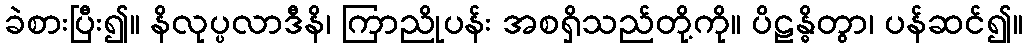
ခဲစားပြီး၍။ နိလုပ္ပလာဒီနိ၊ ကြာညိုပန်း အစရှိသည်တို့ကို။ ပိဠန္ဓိတွာ၊ ပန်ဆင်၍။